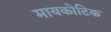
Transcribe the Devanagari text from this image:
मायकोटिक